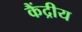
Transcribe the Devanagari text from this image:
कैंद्रीय